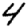
Digit: 4